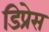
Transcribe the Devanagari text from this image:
डिप्रेस